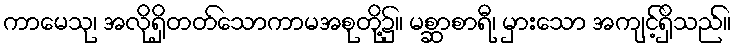
ကာမေသု၊ အလိုရှိတတ်သောကာမအစုတို့၌။ မစ္ဆာစာရီ၊ မှားသော အကျင့်ရှိသည်။